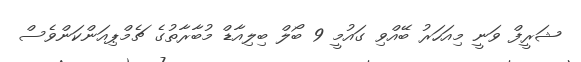
ޝަރީފް ވަނީ މިއަހަރު ބޭއްވި ގައުމީ 9 ބޯލް ބިލިއާޑް މުބާރާތުގެ ޗެމްޕިއަންކަންވެސް